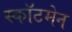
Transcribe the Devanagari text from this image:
स्कॉटमेन